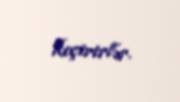
keçirirlər.